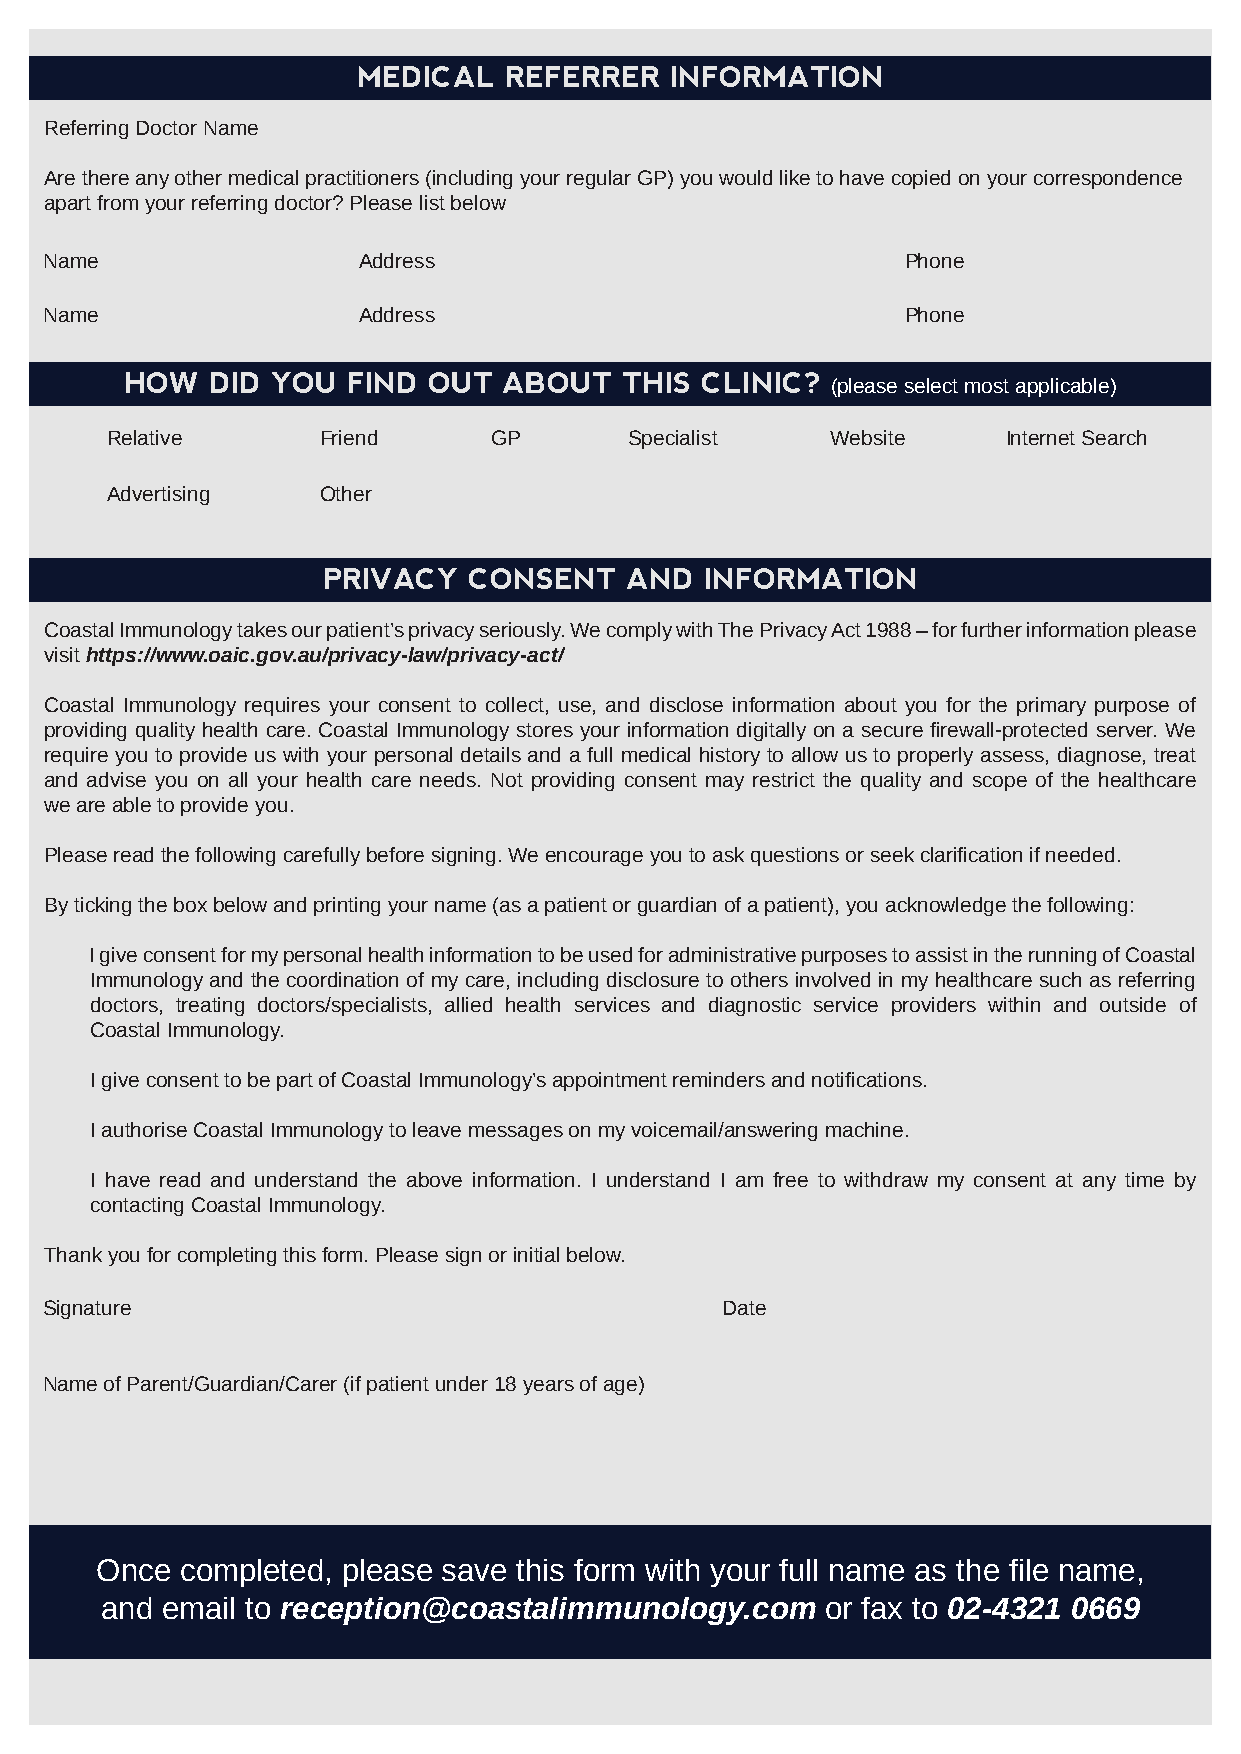
MEDICAL  REFERRER   INFORMATION
 Referring Doctor Name
 Are there any other medical practitioners (including your regular GP) you would like to have copied on your correspondence
 apart from your referring doctor? Please list below
 Name                 Address                             Phone
 Name                 Address                             Phone
 HOW   DID YOU  FIND OUT  ABOUT   THIS CLINIC?
 (please select most applicable)
 Relative      Friend     GP        Specialist   Website     Internet Search
 Advertising   Other
 PRIVACY   CONSENT   AND   INFORMATION
 Coastal Immunology takes our patient’s privacy seriously. We comply with The Privacy Act 1988 – for further information please
 visit https://www.oaic.gov.au/privacy-law/privacy-act/
 Coastal Immunology requires your consent to collect, use, and disclose information about you for the primary purpose of
 providing quality health care. Coastal Immunology stores your information digitally on a secure firewall-protected server. We
 require you to provide us with your personal details and a full medical history to allow us to properly assess, diagnose, treat
 and advise you on all your health care needs. Not providing consent may restrict the quality and scope of the healthcare
 we are able to provide you.
 Please read the following carefully before signing. We encourage you to ask questions or seek clarification if needed.
 By ticking the box below and printing your name (as a patient or guardian of a patient), you acknowledge the following:
 I give consent for my personal health information to be used for administrative purposes to assist in the running of Coastal
 Immunology and the coordination of my care, including disclosure to others involved in my healthcare such as referring
 doctors, treating doctors/specialists, allied health services and diagnostic service providers within and outside of
 Coastal Immunology.
 I give consent to be part of Coastal Immunology’s appointment reminders and notifications.
 I authorise Coastal Immunology to leave messages on my voicemail/answering machine.
 I have read and understand the above information. I understand I am free to withdraw my consent at any time by
 contacting Coastal Immunology.
 Thank you for completing this form. Please sign or initial below.
 Signature                                    Date
 Name of Parent/Guardian/Carer (if patient under 18 years of age)
 Once  completed, please save this form with your full name as the file name,
 and email to reception@coastalimmunology.com    or fax to 02-4321 0669